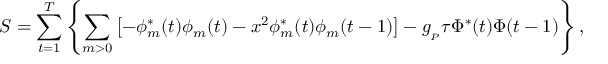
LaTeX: S = \sum _ { t = 1 } ^ { T } \left\{ \sum _ { m > 0 } \left[ - \phi _ { m } ^ { * } ( t ) \phi _ { m } ( t ) - x ^ { 2 } \phi _ { m } ^ { * } ( t ) \phi _ { m } ( t - 1 ) \right] - g _ { _ P } \tau \Phi ^ { * } ( t ) \Phi ( t - 1 ) \right\} ,